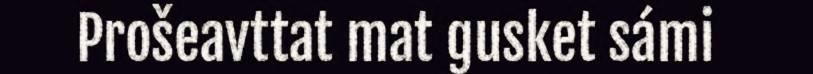
Prošeavttat mat gusket sámi